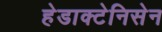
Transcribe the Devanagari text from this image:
हेडाक्टेनिसेन